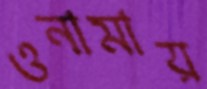
ওনামায়